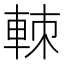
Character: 𨋵